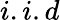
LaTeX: i.i.d